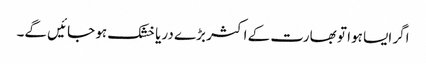
اگر ایسا ہوا تو بھارت کے اکثر بڑے دریا خشک ہو جائیں گے۔